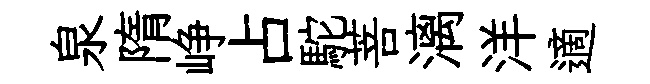
泉隋峥占駝菩漓洋適